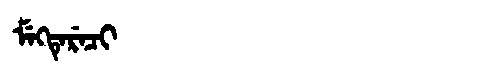
Manchu: ᠮᡝᡴᡨᡝᡵᡝᠴᡳ
Romanization: MEKTERECI